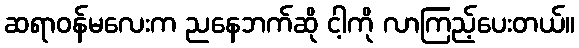
ဆရာဝန်မလေးက ညနေဘက်ဆို ငါ့ကို လာကြည့်ပေးတယ်။